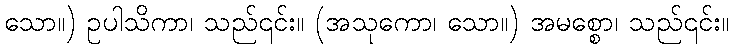
သော။) ဥပါသိကာ၊ သည်၎င်း။ (အသုကော၊ သော။) အမစ္စော၊ သည်၎င်း။